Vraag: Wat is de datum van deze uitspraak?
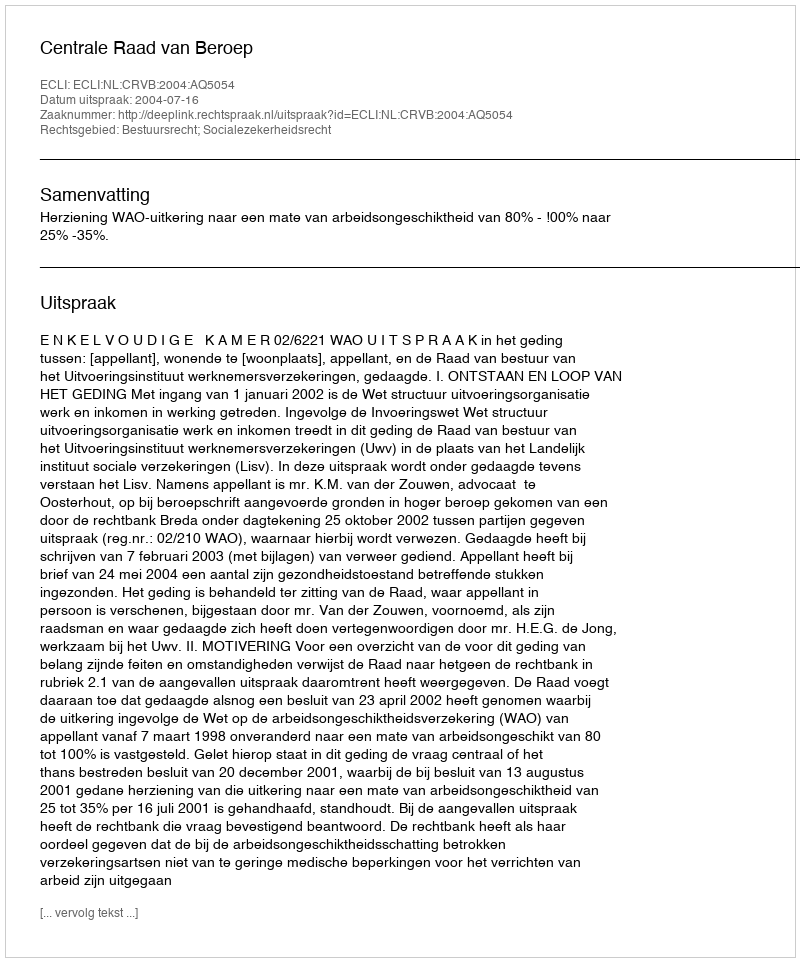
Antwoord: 2004-07-16